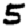
Digit: 5